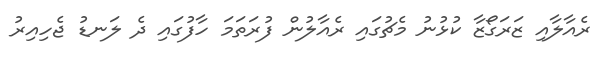
ރެއާލާއި ޒަރަގޯޒާ ކުޅުނު މެޗުގައި ރެއާލުން ފުރަތަމަ ހާފުގައި ދެ ލަނޑު ޖެހިއިރު